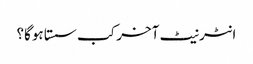
انٹرنیٹ آخر کب سستا ہوگا؟